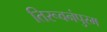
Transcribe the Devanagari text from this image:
तिरूवनंपुरम